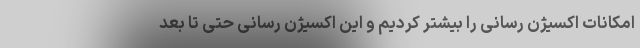
امکانات اکسیژن رسانی را بیشتر کردیم و این اکسیژن رسانی حتی تا بعد